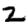
Digit: 2